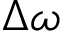
\Delta \omega